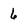
Character: 6